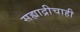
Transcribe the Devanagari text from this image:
सह्याद्रीचाही